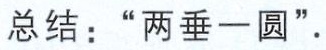
总结：“两垂一圆”.